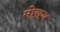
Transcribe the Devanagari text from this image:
मोराग